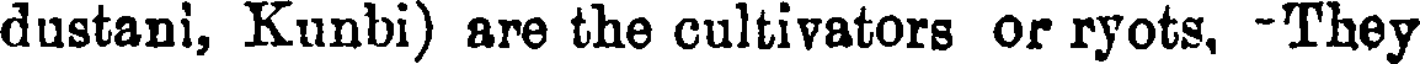
dustani, Kunbi) are the cultivators or ryots, -They